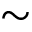
\sim